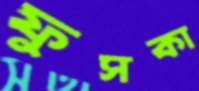
ফুসকা